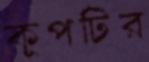
কূপটির